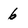
Character: 6